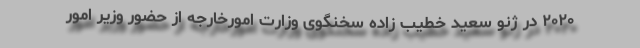
۲۰۲۰ در ژنو سعید خطیب زاده سخنگوی وزارت امورخارجه از حضور وزیر امور